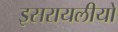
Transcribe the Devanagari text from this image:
इसरायलीयों